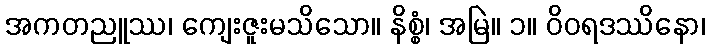
အကတညူဿ၊ ကျေးဇူးမသိသော။ နိစ္စံ၊ အမြဲ။ ၁။ ဝိဝရဒဿိနော၊